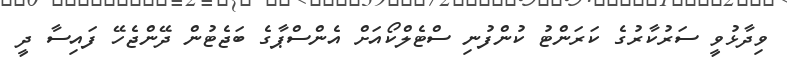
ވިދާޅުވީ ސަރުކާރުގެ ކަރަންޓު ކުންފުނި ސްޓެލްކޯއަށް އެންސްޕާގެ ބަޖެޓުން ދޭންޖެހޭ ފައިސާ ދީ